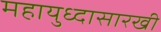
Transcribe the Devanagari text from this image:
महायुध्दासारखी